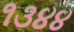
૧૩૪૪